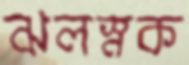
ঝলস্নক